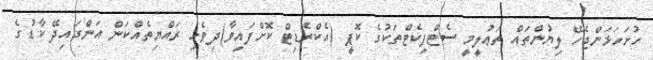
ހުށަހަޅަންޖެހޭ ލިޔުންތައް ތަޢުލީމީ ސެޓްފިކެޓްތަކުގެ ކޮޕީ (އެކްރެޑިޓް ކޮށްފައިވާ)ދިވެހި ރައްޔިތެއްކަން އަންގައިދޭ ކާޑުގެ